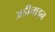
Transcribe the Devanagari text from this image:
अडीनाइन